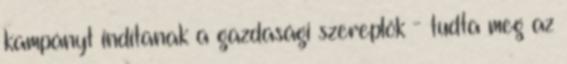
kampányt indítanak a gazdasági szereplők - tudta meg az